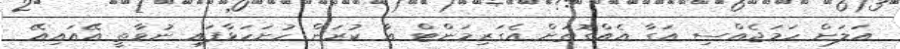
އަލަށް ހަމަޖެއްސި އަގާ އެއްގޮތަށް އެގަރިމަންޓް އާ ކުރަން ހުށަހަޅާފައި ނުވާތީ އޭއައިއޭ